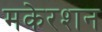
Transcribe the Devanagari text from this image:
मकेरशन